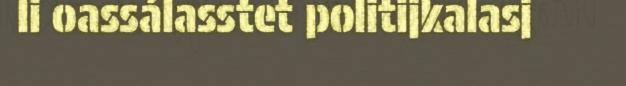
li oassálasstet politijkalasj